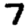
Digit: 7